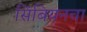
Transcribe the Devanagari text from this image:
सिंबियनचा